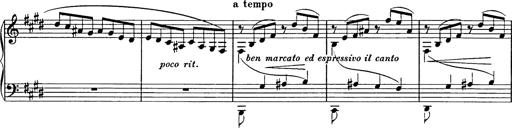
Title: Consolations
Composer: Franz Liszt